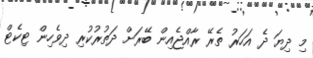
މި ދިޔަ ދެ އަހަރު ތެރޭ ރާއްޖެއިން ބޭރަށް ދަތުރުކުރި ދިވެހިން ޓިކެޓް